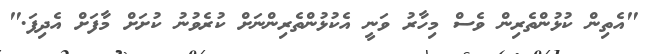
"އެތިން ކުޅުންތެރިން ވެސް މިހާރު ވަނީ އެކުޅުންތެރިންނަށް ކުރެވުނު ކުށަށް މާފަށް އެދިފަ."